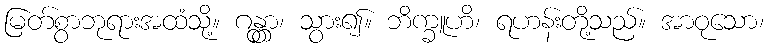
မြတ်စွာဘုရားအထံသို့။ ဂန္တွာ၊ သွား၍။ ဘိက္ခူဟိ၊ ရဟန်းတို့သည်။ အာဝုသော၊